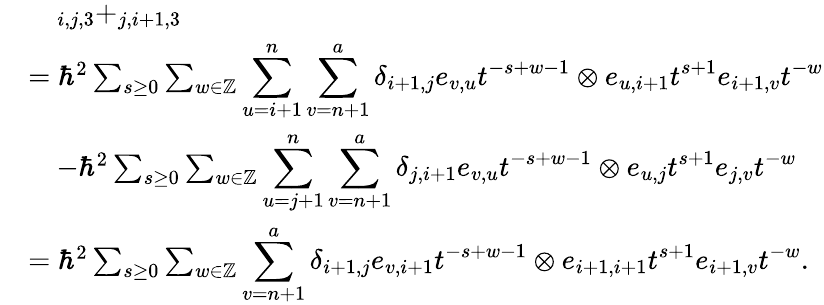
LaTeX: \begin{array}{rl}&{\quad_{i,j,3}+_{j,i+1,3}}\\ &{=\hbar^{2}\sum_{s\geq 0}\sum_{w\in\mathbb{Z}}\displaystyle\sum_{u=i+1}^{n}\sum_{v=n+1}^{a}\delta_{i+1,j}e_{v,u}t^{-s+w-1}\otimes e_{u,i+1}t^{s+1}e_{i+1,v}t^{-w}}\\ &{\quad-\hbar^{2}\sum_{s\geq 0}\sum_{w\in\mathbb{Z}}\displaystyle\sum_{u=j+1}^{n}\sum_{v=n+1}^{a}\delta_{j,i+1}e_{v,u}t^{-s+w-1}\otimes e_{u,j}t^{s+1}e_{j,v}t^{-w}}\\ &{=\hbar^{2}\sum_{s\geq 0}\sum_{w\in\mathbb{Z}}\displaystyle\sum_{v=n+1}^{a}\delta_{i+1,j}e_{v,i+1}t^{-s+w-1}\otimes e_{i+1,i+1}t^{s+1}e_{i+1,v}t^{-w}.}\end{array}